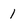
Character: 1